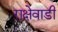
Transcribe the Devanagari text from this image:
राक्षेवाडी